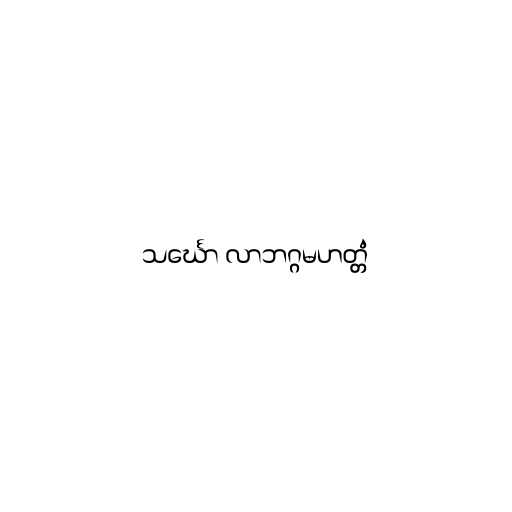
သင်္ဃော လာဘဂ္ဂမဟတ္တံ